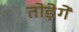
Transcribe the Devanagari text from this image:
तोड़ेगें